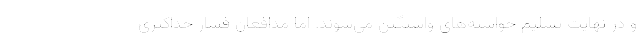
و در نهایت تسلیم خواسته‌های واشنگتن می‌شوند. اما مدافعان فشار حداکثری